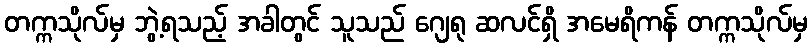
တက္ကသိုလ်မှ ဘွဲ့ရသည့် အခါတွင် သူသည် ဂျေရု ဆလင်ရှိ အမေရိကန် တက္ကသိုလ်မှ